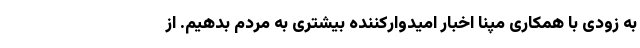
به زودی با همکاری مپنا اخبار امیدوارکننده بیشتری به مردم بدهیم. از